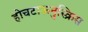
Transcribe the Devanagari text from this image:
होचटाऊनुस्क्रिस